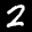
Label: 2